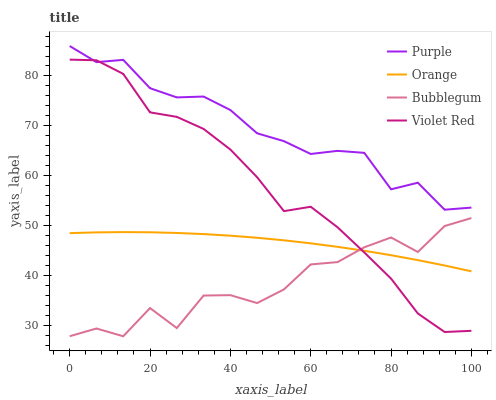
| xaxis_label | Purple | Orange | Bubblegum | Violet Red |
 | --- | --- | --- | --- | --- |
 | 0 | 86 | 48.5 | 27.9 | 83.3 |
 | 6.67 | 82.8 | 48.7 | 29.5 | 83.1 |
 | 13.3 | 83.2 | 48.8 | 27.9 | 80.4 |
 | 20 | 77.6 | 48.7 | 33.5 | 72.7 |
 | 26.7 | 75.7 | 48.6 | 29.5 | 71.8 |
 | 33.3 | 75.9 | 48.4 | 36.1 | 69.4 |
 | 40 | 73.2 | 48 | 36.1 | 65.3 |
 | 46.7 | 68.5 | 47.6 | 34.5 | 59.7 |
 | 53.3 | 67 | 47.1 | 37.3 | 52.9 |
 | 60 | 64.4 | 46.5 | 42.3 | 53.8 |
 | 66.7 | 65 | 45.8 | 42.7 | 49.7 |
 | 73.3 | 64.6 | 45 | 45.7 | 44.7 |
 | 80 | 57.3 | 44.1 | 47.7 | 39.4 |
 | 86.7 | 58.6 | 43.1 | 44.8 | 32.5 |
 | 93.3 | 53.2 | 42.1 | 50 | 28.8 |
 | 100 | 53.7 | 40.9 | 51.6 | 29 |